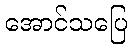
အောင်သပြေ